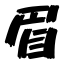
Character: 眉